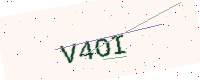
Text: V4OI